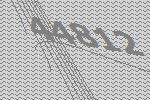
44812